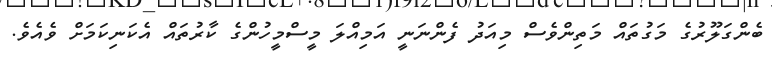
ބެންގަލޫރުގެ މަގުތައް މަތިންވެސް މިއަދު ފެންނަނީ އަމިއްލަ މީސްމީހުންގެ ކާރުތައް އެކަނިކަމަށް ވެއެވެ.